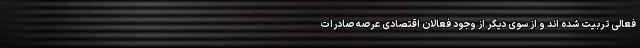
فعالی تربیت شده اند و از سوی دیگر از وجود فعالان اقتصادی عرصه صادرات